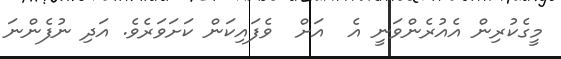
މީގެކުރިން އެއުރެންވަނީ އެ  އަށް  ވެފައިކަން ކަށަވަރެވެ. އަދި ނުފެންނަ